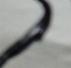
Signature authenticity: forged